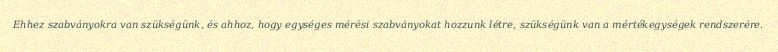
Ehhez szabványokra van szükségünk, és ahhoz, hogy egységes mérési szabványokat hozzunk létre, szükségünk van a mértékegységek rendszerére.